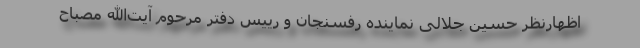
اظهارنظر حسین جلالی نماینده رفسنجان و رییس دفتر مرحوم آیت‌الله مصباح